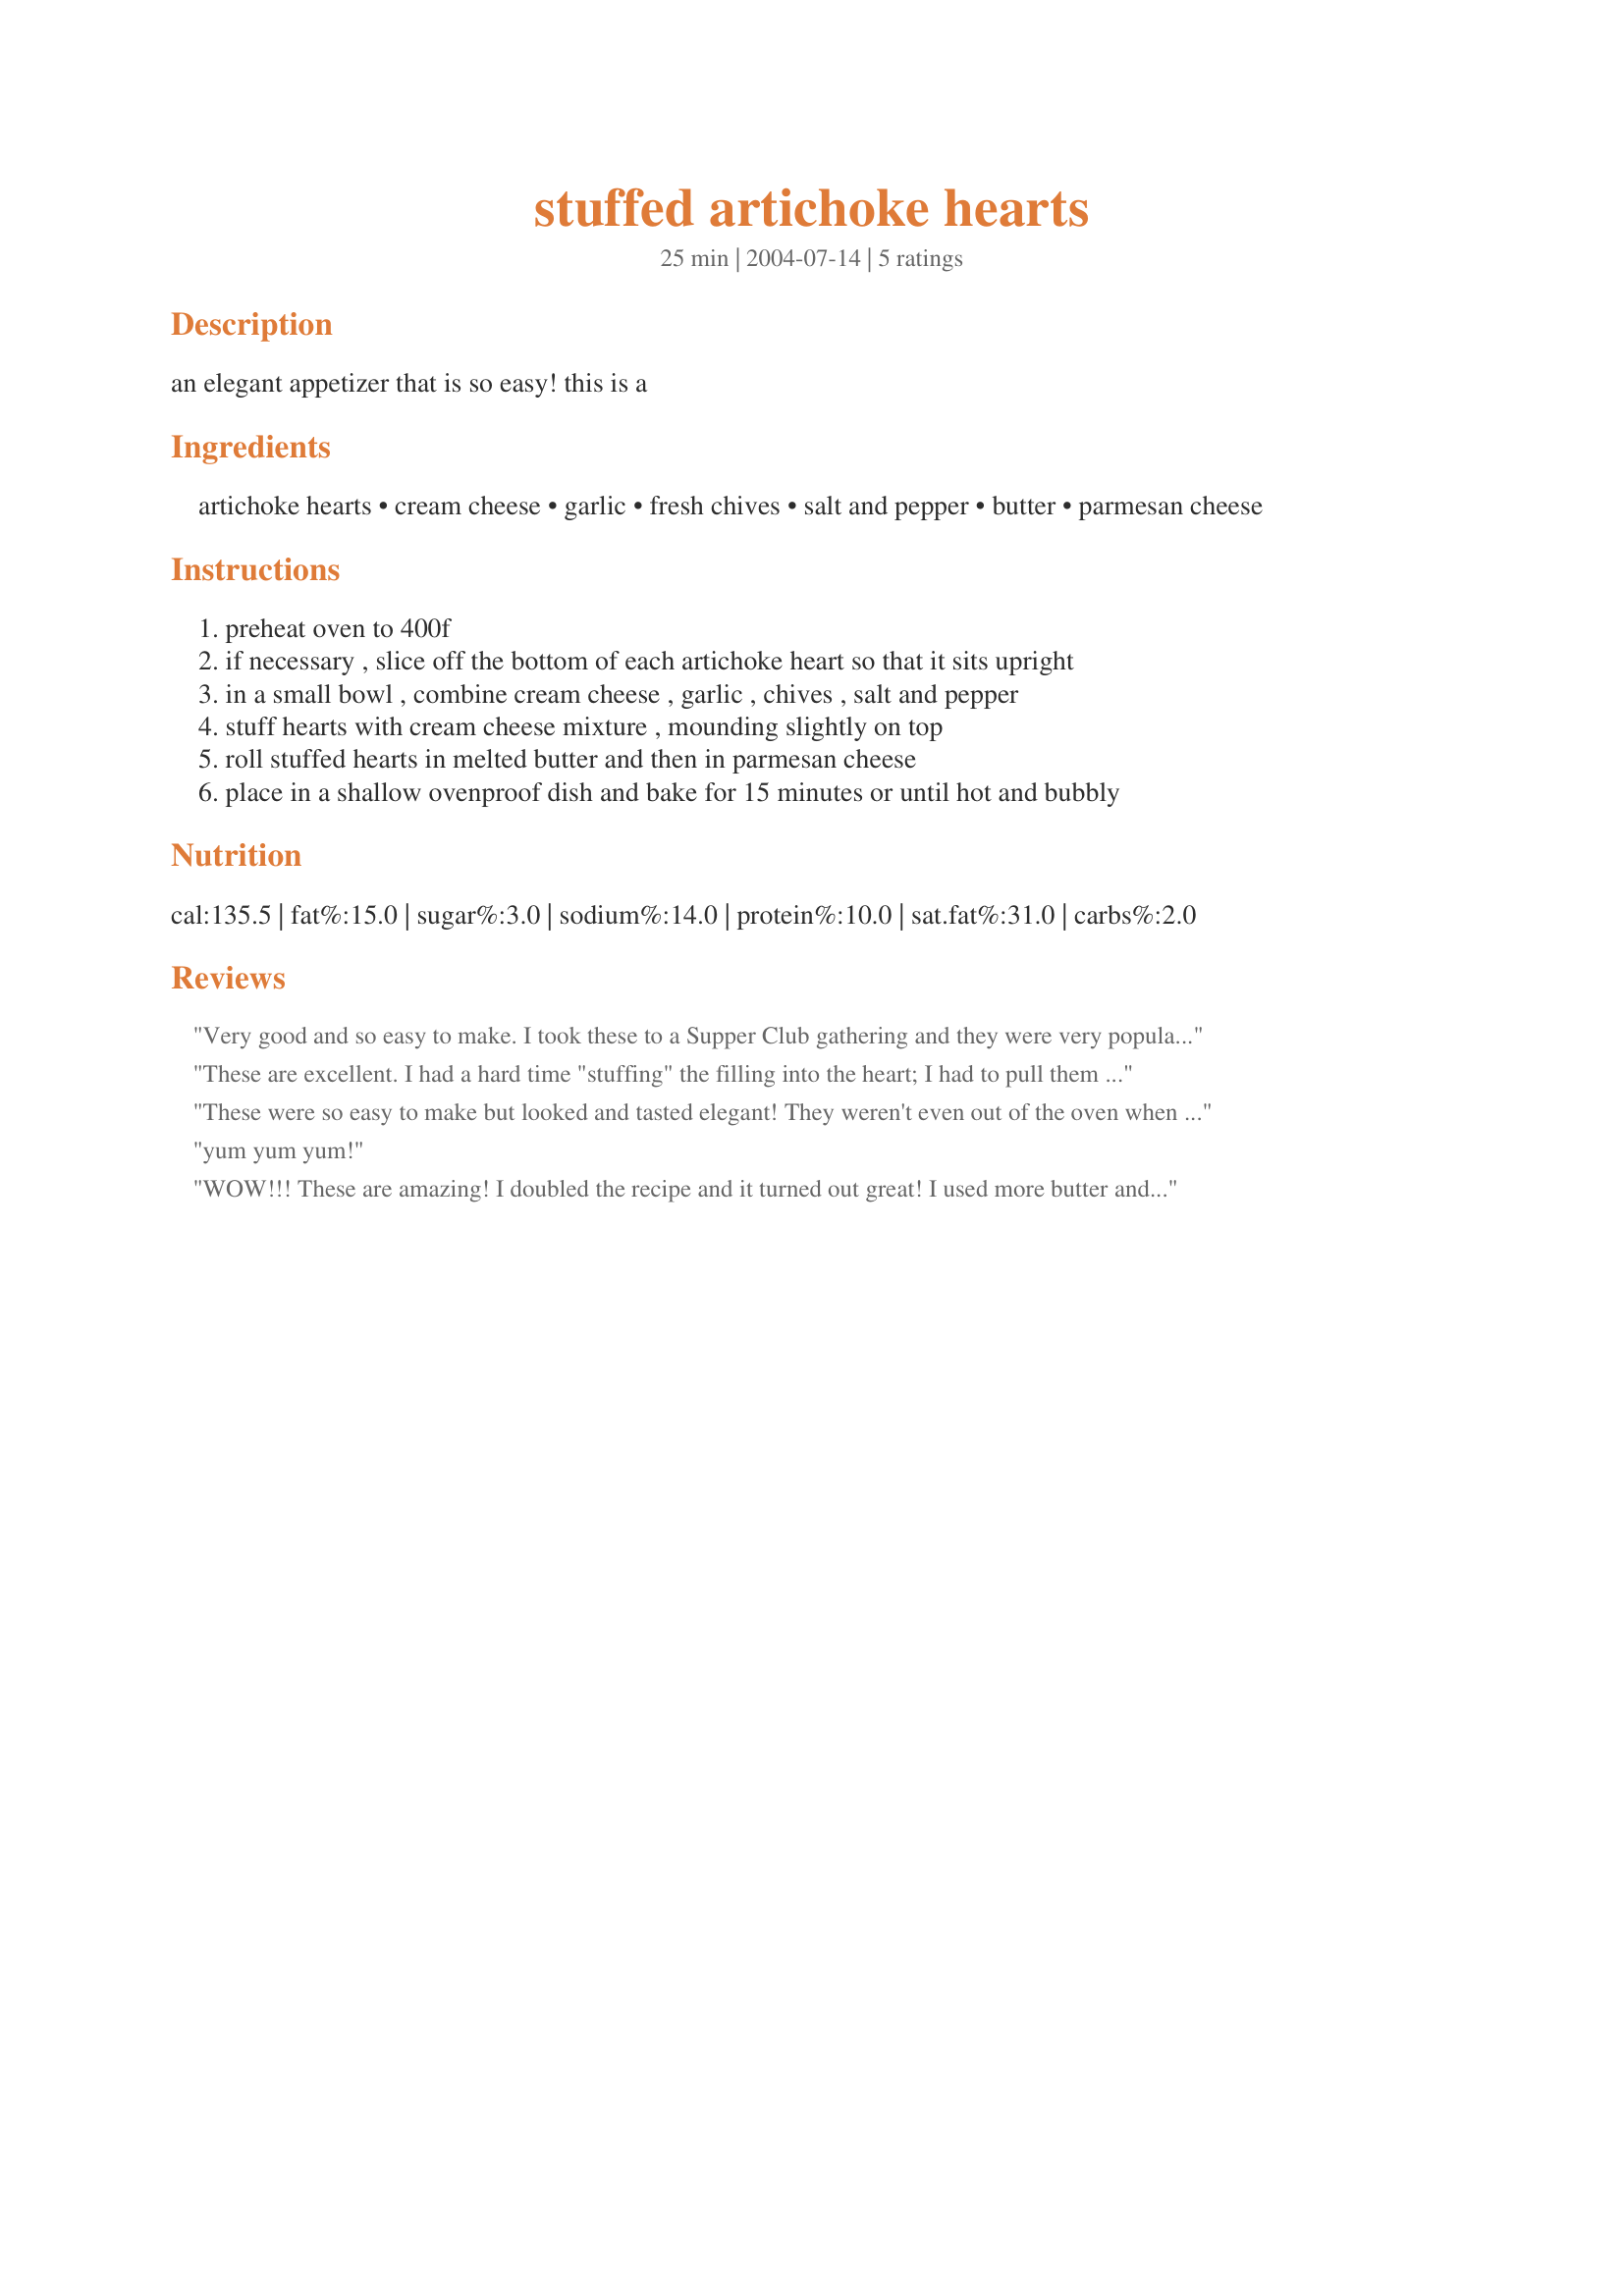
stuffed artichoke hearts
Preparation time: 25 minutes

an elegant appetizer that is so easy! this is a

Ingredients:
artichoke hearts, cream cheese, garlic, fresh chives, salt and pepper, butter, parmesan cheese

Steps:
preheat oven to 400f
if necessary , slice off the bottom of each artichoke heart so that it sits upright
in a small bowl , combine cream cheese , garlic , chives , salt and pepper
stuff hearts with cream cheese mixture , mounding slightly on top
roll stuffed hearts in melted butter and then in parmesan cheese
place in a shallow ovenproof dish and bake for 15 minutes or until hot and bubbly

Reviews:
Very good and so easy to make. I took these to a Supper Club gathering and they were very popular. The only changes that I made were to reduce the butter and use reduced fat cream cheese.
These are excellent. I had a hard time "stuffing" the filling into the heart; I had to pull them apart a bit, but oh my were these great!
If anyone has tips on stuffing technique please let me know.
These were so easy to make but looked and tasted elegant! They weren't even out of the oven when my husband and kids started drifting to the kitchen to find out what smelled so good. And once we started eating, everyone polished off their stuffed artichoke hearts first. A real winner!
yum yum yum!
WOW!!! These are amazing! I doubled the recipe and it turned out great! I used more butter and parmesan cheese than was noted. These were delicious and so easy!!
